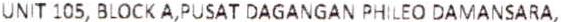
UNIT 105, BLOCK A,PUSAT DAGANGAN PHILEO DAMANSARA,